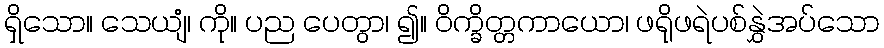
ရှိသော။ သေယျံ၊ ကို။ ပည ပေတွာ၊ ၍။ ဝိက္ခိတ္တကာယော၊ ဖရိုဖရဲပစ်နွှဲအပ်သော